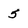
Character: 5